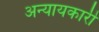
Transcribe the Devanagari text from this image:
अन्यायकारी